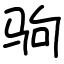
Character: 驹